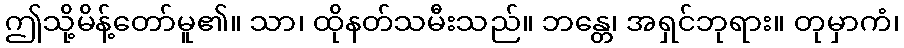
ဤသို့မိန့်တော်မူ၏။ သာ၊ ထိုနတ်သမီးသည်။ ဘန္တေ၊ အရှင်ဘုရား။ တုမှာကံ၊